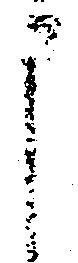
申